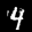
Label: 4